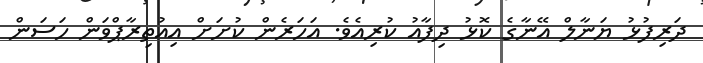
ދަރިފުޅު ޔަނާލް އޭނާގެ ކޮޅު ދިފާއު ކުރިއެވެ. އަހަރެން ކުށަށް އިއުތިރާޕްވަން ހަސަން